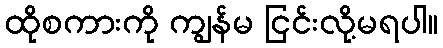
ထိုစကားကို ကျွန်မ ငြင်းလို့မရပါ။